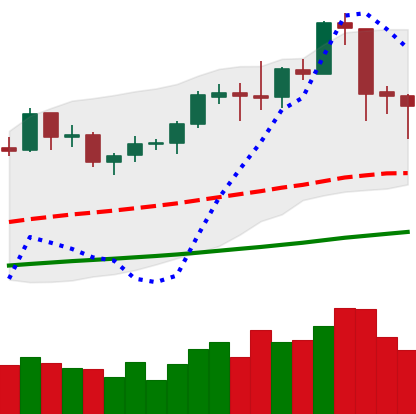
Ticker: ETC-USD
Chart end date: 2019-06-06
Forward return: 3.495%
Label: up_3_5